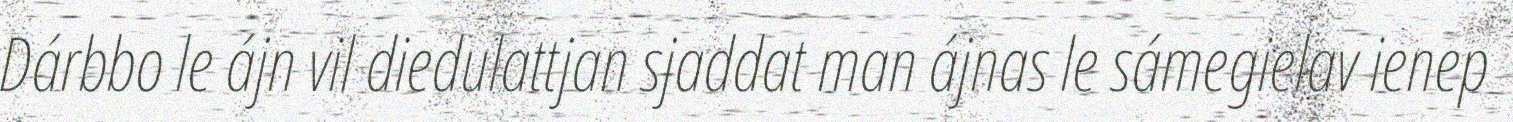
Dárbbo le ájn vil diedulattjan sjaddat man ájnas le sámegielav ienep